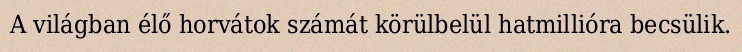
A világban élő horvátok számát körülbelül hatmillióra becsülik.